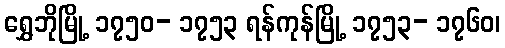
ရွှေဘိုမြို့ ၁၇၅၀- ၁၇၅၃ ရန်ကုန်မြို့ ၁၇၅၃- ၁၇၆၀၊